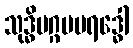
သုဒ္ဓိမဂ္ဂမပရဒ္ဓေါ